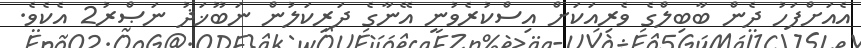
އެއަށްފަހު ދެން ބާބިލްގެ ވެރިއަކަށް އިސްކުރެވުނީ އޭނާގެ ދަރިކަލުން ނަބޫޚަޛު ނަޞްރު2 އެކެވެ.